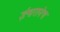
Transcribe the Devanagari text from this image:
ईश्वरानेच